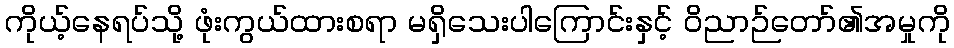
ကိုယ့်နေရပ်သို့ ဖုံးကွယ်ထားစရာ မရှိသေးပါကြောင်းနှင့် ဝိညာဉ်တော်၏အမှုကို